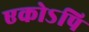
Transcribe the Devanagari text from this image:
एकोऽपि